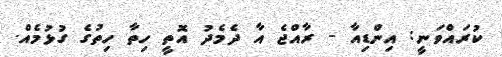
ކުރައްވަނީ: އިންޑިއާ - ރާއްޖެ އާ ދެމެދު އޮތީ ހިތާ ހިތުގެ ގުޅުމެއް.